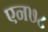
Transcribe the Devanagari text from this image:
एन७८